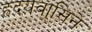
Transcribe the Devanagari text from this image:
ह्रदयवासिने